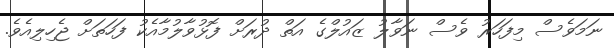
ނަމަވެސް މިފަހަރު ވެސް ނަވާލު ޒައުލްގެ އަތް ދުރަށް ފޮޅުވާލުމާއެކު ފަހަތަށް ޖެހިލިއެވެ.